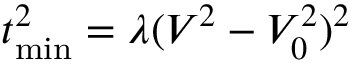
t _ { \mathrm { m i n } } ^ { 2 } = \lambda ( V ^ { 2 } - V _ { 0 } ^ { 2 } ) ^ { 2 }